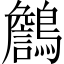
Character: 𪆻